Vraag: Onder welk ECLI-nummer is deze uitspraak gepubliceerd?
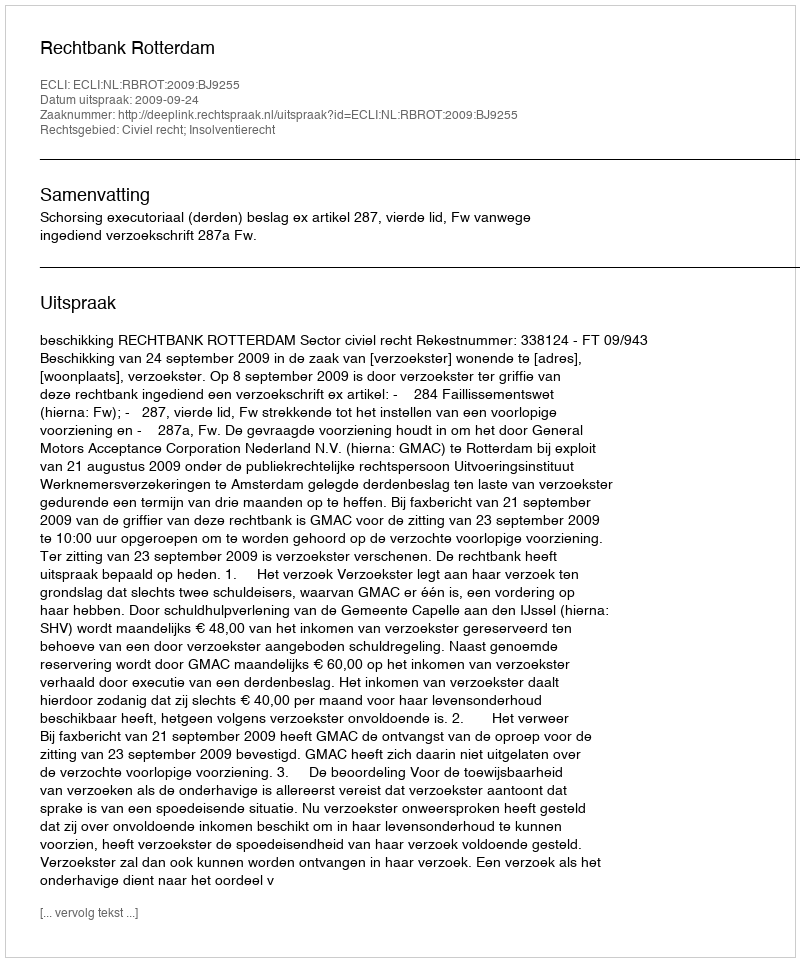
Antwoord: ECLI:NL:RBROT:2009:BJ9255